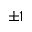
\pm 1